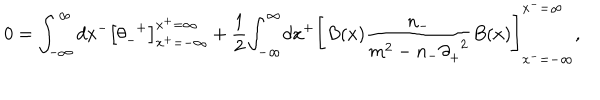
0 = \int _ { - { \infty } } ^ { \infty } d x ^ { - } \left[ { \theta } _ { - } ^ { \; \; + } \right] _ { x ^ { + } = - { \infty } } ^ { x ^ { + } = { \infty } } + \frac { 1 } { 2 } { \int } _ { - { \infty } } ^ { \infty } d x ^ { + } \left[ B ( x ) \frac { n _ { - } } { m ^ { 2 } - n _ { - } { \partial } _ { + } ^ { \; \; 2 } } B ( x ) \right] _ { x ^ { - } = - { \infty } } ^ { x ^ { - } = { \infty } } ,